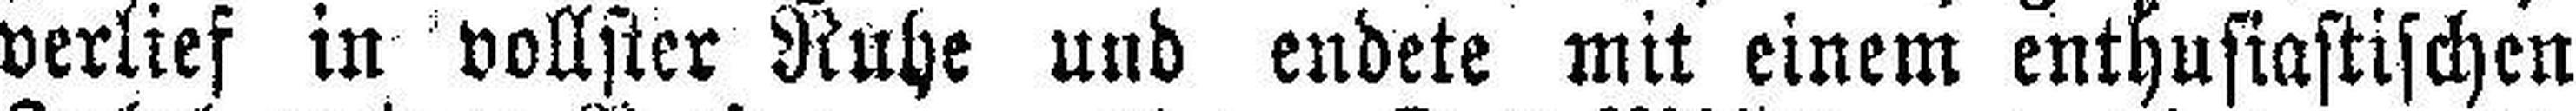
verlief in vollster Ruhe und endete mit einem enthusiastischen